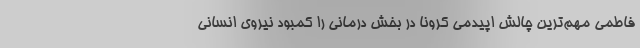
فاطمی مهم‌ترین چالش اپیدمی کرونا در بخش درمانی را کمبود نیروی انسانی